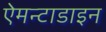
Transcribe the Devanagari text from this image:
ऐमन्टाडाइन